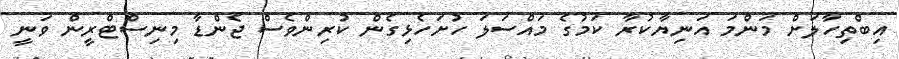
އިބްތިހާލަށް މަންމަ އަނިޔާކުރާ ކަމުގެ މައްސަލަ ހުށަހެޅިގެން ކުރިންވެސް ޖެންޑާ މިނިސްޓްރީން ވަނީ